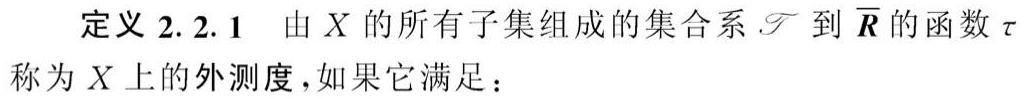
定义 2.2.1 由 \(X\) 的所有子集组成的集合系 \(\mathscr{T}\) 到 \(\overline{\mathbb{R}}\) 的函数 \(\tau\) 称为 \(X\) 上的外测度，如果它满足：